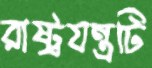
রাষ্ট্রযন্ত্রটি